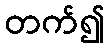
တက်၍